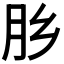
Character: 𰮅